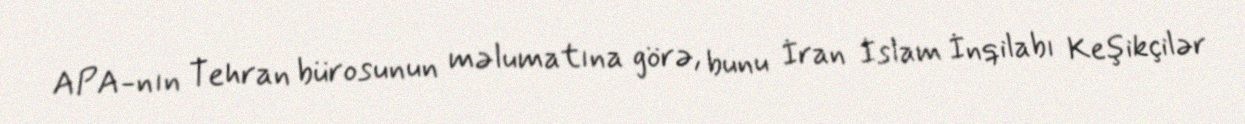
APA-nın Tehran bürosunun məlumatına görə, bunu İran İslam İnqilabı Keşikçilər